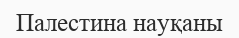
Палестина науқаны